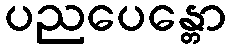
ပညပေန္တော